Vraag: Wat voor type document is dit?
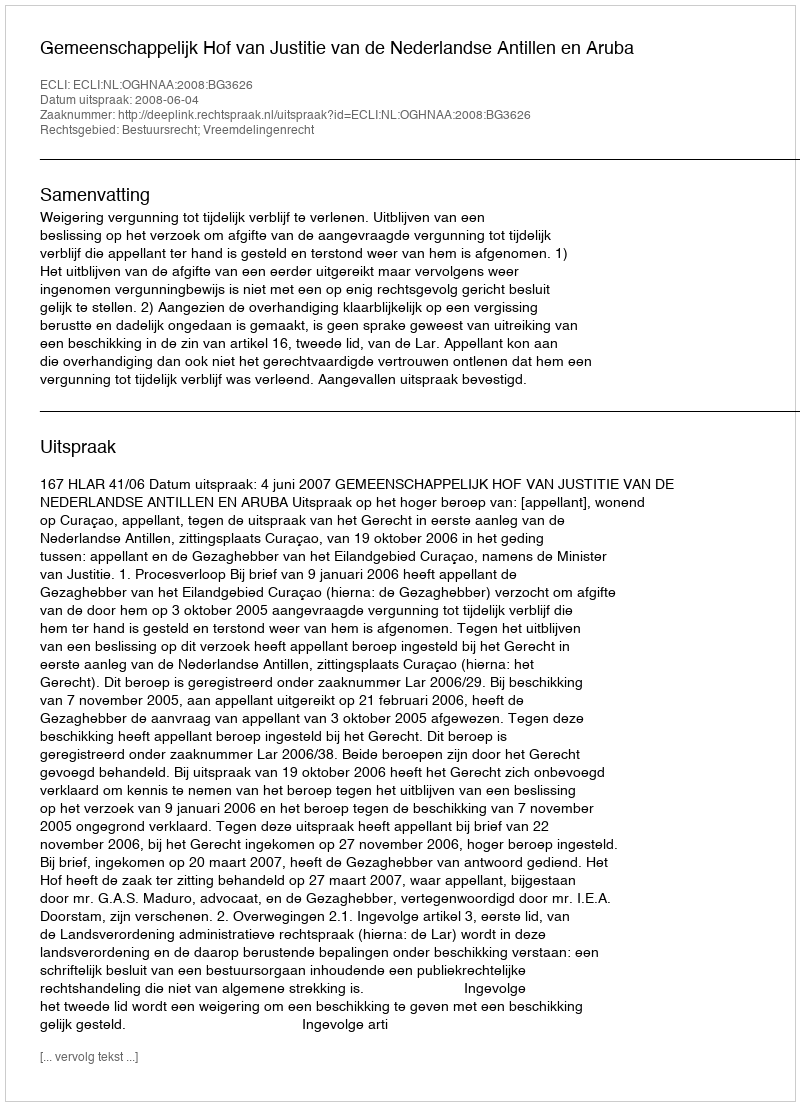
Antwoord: Uitspraak